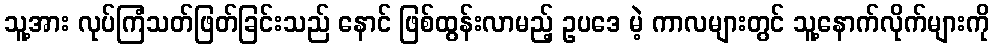
သူ့အား လုပ်ကြံသတ်ဖြတ်ခြင်းသည် နောင် ဖြစ်ထွန်းလာမည့် ဥပဒေ မဲ့ ကာလများတွင် သူ့နောက်လိုက်များကို